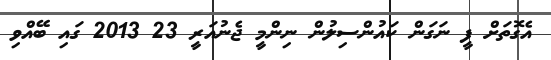
އެގޮތަށް ފީ ނަގަން ކައުންސިލުން ނިންމީ ޖެނުއަރީ 23 2013 ގައި ބޭއްވި